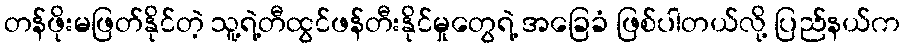
တန်ဖိုးမဖြတ်နိုင်တဲ့ သူ့ရဲ့တီထွင်ဖန်တီးနိုင်မှုတွေရဲ့ အခြေခံ ဖြစ်ပါတယ်လို့ ပြည်နယ်က